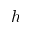
h